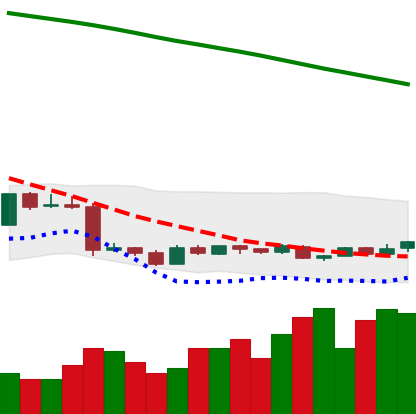
Ticker: XMR-USD
Chart end date: 2019-01-25
Forward return: -5.598%
Label: down_5_7